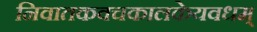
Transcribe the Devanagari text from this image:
निवातकवचकालकेयवधम्